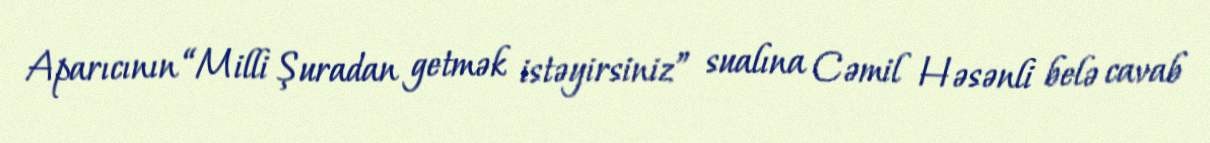
Aparıcının “Milli Şuradan getmək istəyirsiniz” sualına Cəmil Həsənli belə cavab